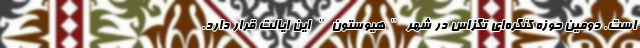
است. دومین حوزه کنگره‌ای تگزاس در شهر "هیوستون" این ایالت قرار دارد.